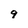
Character: 9